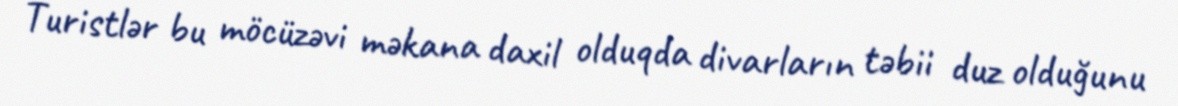
Turistlər bu möcüzəvi məkana daxil olduqda divarların təbii duz olduğunu